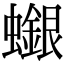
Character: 𧓪